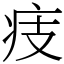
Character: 㽻